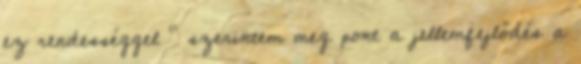
ez rendességgel ” szerintem meg pont a jellemfejlődés a